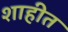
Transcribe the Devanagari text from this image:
शाहीत